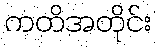
ကတိအတိုင်း